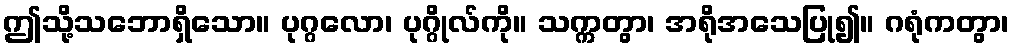
ဤသို့သဘောရှိသော။ ပုဂ္ဂလော၊ ပုဂ္ဂိုလ်ကို။ သက္ကတွာ၊ အရိုအသေပြု၍။ ဂရုံကတွာ၊